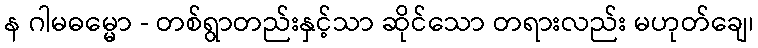
န ဂါမဓမ္မော - တစ်ရွာတည်းနှင့်သာ ဆိုင်သော တရားလည်း မဟုတ်ချေ၊